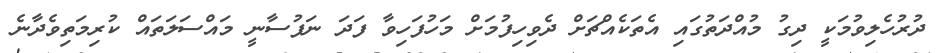
ދުރުހެލިވުމަކީ ދިގު މުއްދަތުގައި އެތަކެއްޗަށް ދެވިހިފުމަށް މަހުފަހިވާ ފަދަ ނަފުސާނީ މައްސަލަތައް ކުރިމަތިވެދާނެ